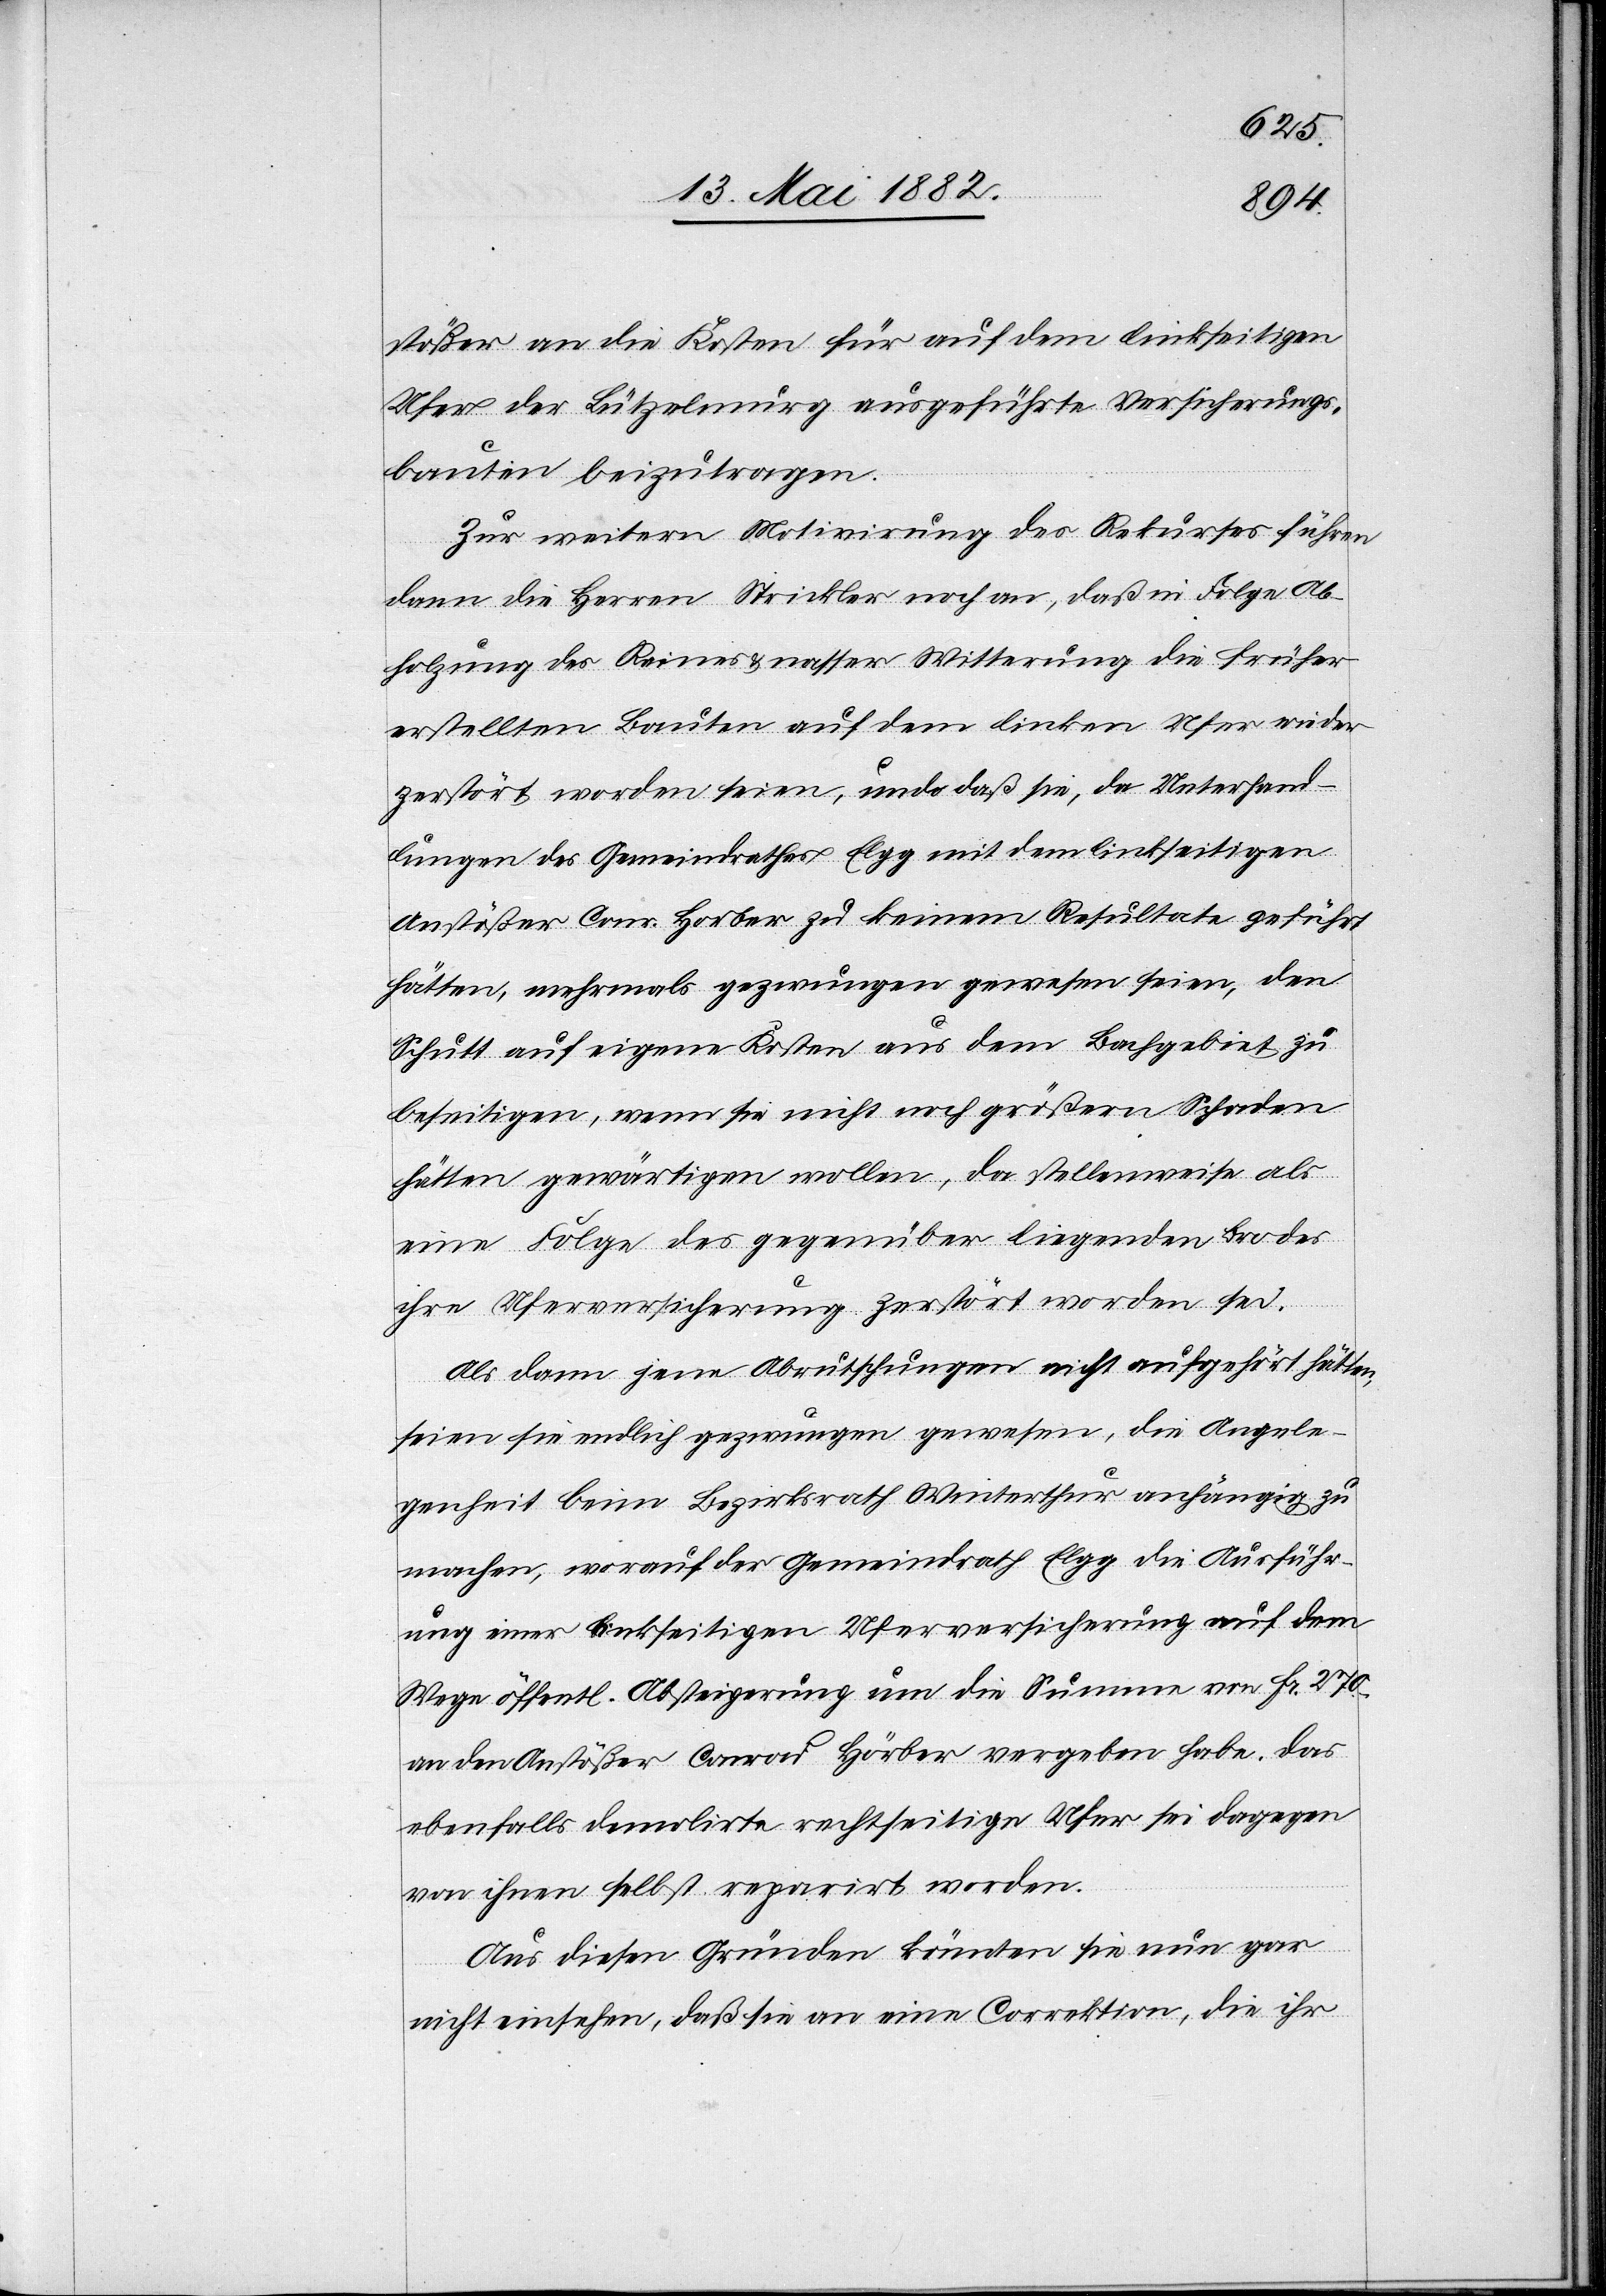
stößer an die Kosten für auf dem linkseitigen
Ufer der Lützelmurg ausgeführte Versicherungs¬
bauten beizutragen.
Zur weitern Motivirung des Rekurses führen
dann die Herren Strickler noch an, daß in Folge Ab¬
holzung des Raines & nasser Witterung die früher
erstellten Bauten auf dem linken Ufer wieder
zerstört worden seien, und daß sie, da Unterhand¬
lungen des Gemeindrathes Elgg mit dem linkseitigen
Anstößer Conr. Horber zu keinem Resultate geführt
hätten, mehrmals gezwungen gewesen seien, den
Schutt auf eigene Kosten aus dem Bachgebiet zu
beseitigen, wenn sie nicht noch größern Schaden
hätten gewärtigen wollen, da stellenweise als
eine Folge des gegenüber liegenden Bordes
ihre Uferversicherung zerstört worden sei.
Als dann jene Abrutschungen nicht aufgehört hätten,
seien sie endlich gezwungen gewesen, die Angele¬
genheit beim Bezirksrath Winterthur anhängig zu
machen, worauf der Gemeindrath Elgg die Ausführ¬
ung einer linkseitigen Uferversicherung auf dem
Wege öffentl. Absteigerung um die Summe von Fr. 270.–
an den Anstößer Conrad Hörber [sic!] vergeben habe. Das
ebenfalls demolirte rechtseitige Ufer sei dagegen
von ihnen selbst reparirt worden.
Aus diesen Gründen könnten sie nun gar
nicht einsehen, daß sie an eine Correktion, die ihr